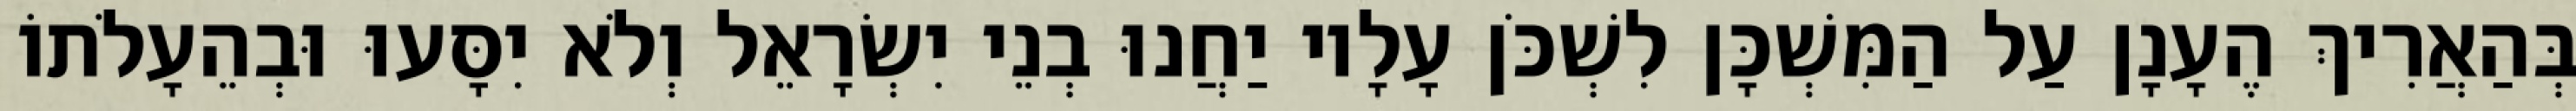
בְּהַאֲרִיךְ הֶעָנָן עַל הַמִּשְׁכָּן לִשְׁכֹּן עָלָיו יַחֲנוּ בְנֵי יִשְׂרָאֵל וְלֹא יִסָּעוּ וּבְהֵעָלֹתוֹ